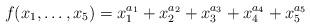
LaTeX: \begin{align*}f(x_1,\dots,x_5)=x_1^{a_1}+x_2^{a_2}+x_3^{a_3}+x_4^{a_4}+x_5^{a_5}\end{align*}